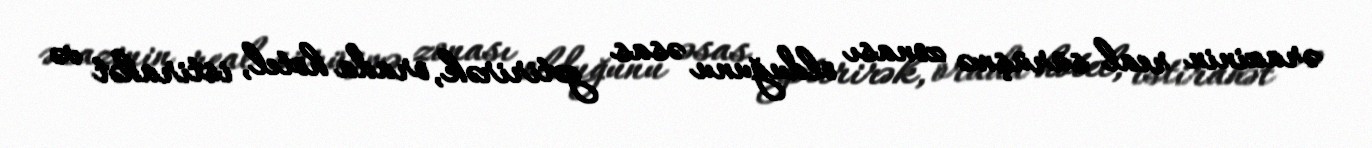
ərazinin real sürüşmə zonası olduğunu əsas gətirirək, orada hotel, istirahət və